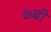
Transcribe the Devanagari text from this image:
७बी